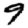
Digit: 9